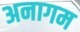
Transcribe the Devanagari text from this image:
अनागम